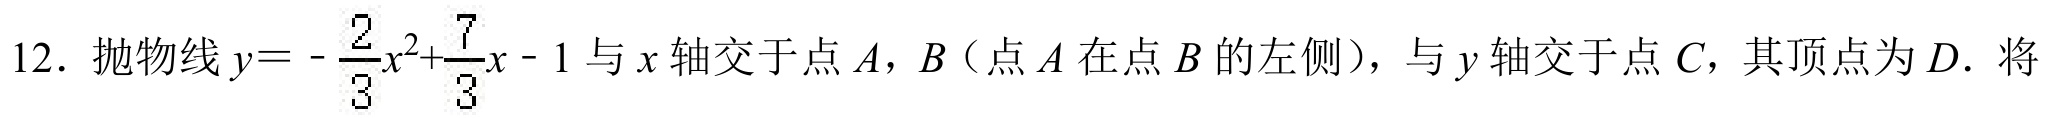
12. 抛物线\(y = -\frac{2}{3}x^{2}+\frac{7}{3}x - 1\)与\(x\)轴交于点\(A\)，\(B\)（点\(A\)在点\(B\)的左侧），与\(y\)轴交于点\(C\)，其顶点为\(D\). 将